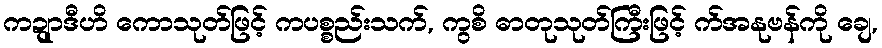
ကဍျာဒီဟိ ကောသုတ်ဖြင့် ကပစ္စည်းသက်, ကွစိ ဓာတုသုတ်ကြီးဖြင့် က်အနုဗန်ကို ချေ,